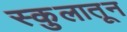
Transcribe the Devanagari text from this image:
स्कुलातून